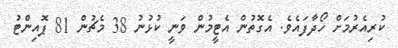
ކުރިއެރުމަށް ހޯދާފައެވެ. އެގޮތުން އެޓީމުން ވަނީ ކުޅުނު 38 މެޗުން 81 ޕޮއިންޓު